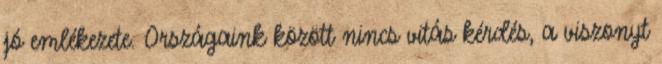
jó emlékezete. Országaink között nincs vitás kérdés, a viszonyt